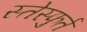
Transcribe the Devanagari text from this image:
स्तेस्फुर्त